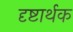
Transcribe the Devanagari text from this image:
दृष्टार्थक